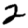
Digit: 2